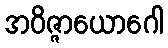
အဝိဇ္ဇာယောဂေါ